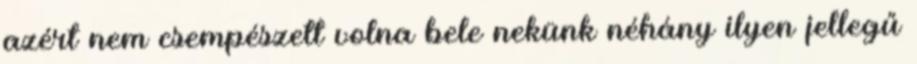
azért nem csempészett volna bele nekünk néhány ilyen jellegű